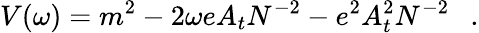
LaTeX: V(\omega)=m^{2}-2\omega eA_{t}N^{-2}-e^{2}A_{t}^{2}N^{-2}~~~.